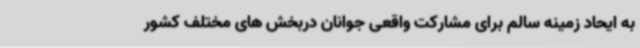
به ایحاد زمینه سالم برای مشارکت واقعی جوانان دربخش های مختلف کشور